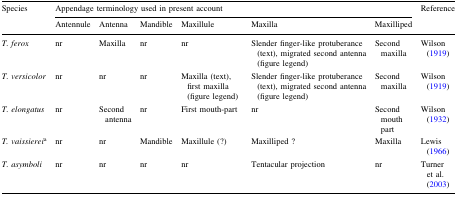
<table><thead><tr><td rowspan="2"><b>Species</b></td><td colspan="6"><b>Appendage terminology used in present account</b></td><td><b>Reference</b></td></tr><tr><td><b>Antennule</b></td><td><b>Antenna</b></td><td><b>Mandible</b></td><td><b>Maxillule</b></td><td><b>Maxilla</b></td><td><b>Maxilliped</b></td><td></td></tr></thead><tbody><tr><td><i>T. ferox</i></td><td>nr</td><td>Maxilla</td><td>nr</td><td>nr</td><td>Slender finger-like protuberance (text), migrated second antenna (figure legend)</td><td>Second maxilla</td><td>Wilson (1919)</td></tr><tr><td><i>T. versicolor</i></td><td>nr</td><td>nr</td><td>nr</td><td>Maxilla (text), first maxilla (figure legend)</td><td>Slender finger-like protuberance (text), migrated second antenna (figure legend)</td><td>Second maxilla</td><td>Wilson (1919)</td></tr><tr><td><i>T. elongatus</i></td><td>nr</td><td>Second antenna</td><td>nr</td><td>First mouth-part</td><td>nr</td><td>Second mouth part</td><td>Wilson (1932)</td></tr><tr><td><i>T. vaissierei</i><sup>a</sup></td><td>nr</td><td>nr</td><td>Mandible</td><td>Maxillule (?)</td><td>Maxilliped ?</td><td>Maxilla</td><td>Lewis (1966)</td></tr><tr><td><i>T. asymboli</i></td><td>nr</td><td>nr</td><td>nr</td><td>nr</td><td>Tentacular projection</td><td>nr</td><td>Turner et al. (2003)</td></tr></tbody></table>